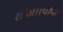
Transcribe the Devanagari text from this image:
सीआरपीफ